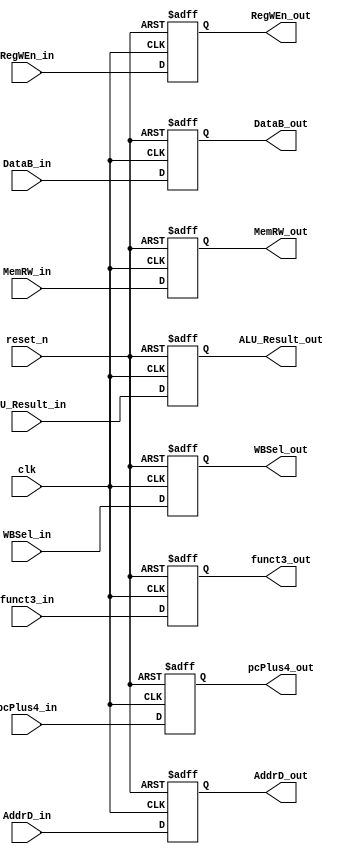
`timescale 1ns / 1ps

module EX_MA(
    input               clk,reset_n,    
    input [4:0]         AddrD_in,
    input               RegWEn_in, MemRW_in,
    input [1:0]         WBSel_in,
    input [2:0]         funct3_in,
    input [31:0]        ALU_Result_in,
    input [31:0]        DataB_in,
    input [31:0]        pcPlus4_in,
    
    output reg  [4:0]   AddrD_out,
    output reg          RegWEn_out, MemRW_out,
    output reg  [1:0]   WBSel_out,
    output reg  [2:0]   funct3_out,
    output reg  [31:0]  ALU_Result_out,
    output reg  [31:0]  DataB_out,
    output reg  [31:0]  pcPlus4_out);
    
    always @(posedge clk or negedge reset_n) begin
        if(!reset_n) begin
            AddrD_out     <= 0;
            RegWEn_out    <= 0;
            MemRW_out     <= 0;
            WBSel_out     <= 0;
            funct3_out    <= 0;
            ALU_Result_out<= 0;
            DataB_out     <= 0;
            pcPlus4_out   <= 0;
        end
        else begin
            AddrD_out     <= AddrD_in;
            RegWEn_out    <= RegWEn_in;
            MemRW_out     <= MemRW_in;
            WBSel_out     <= WBSel_in;
            funct3_out    <= funct3_in;
            ALU_Result_out<= ALU_Result_in;
            DataB_out     <= DataB_in;
            pcPlus4_out   <= pcPlus4_in;                                
        end
    end
endmodule